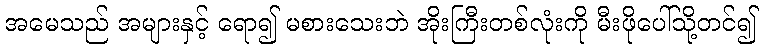
အမေသည် အများနှင့် ရော၍ မစားသေးဘဲ အိုးကြီးတစ်လုံးကို မီးဖိုပေါ်သို့တင်၍